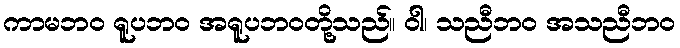
ကာမဘဝ ရူပဘဝ အရူပဘဝတို့သည်။ ဝါ၊ သညီဘဝ အသညီဘဝ